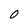
Character: 0